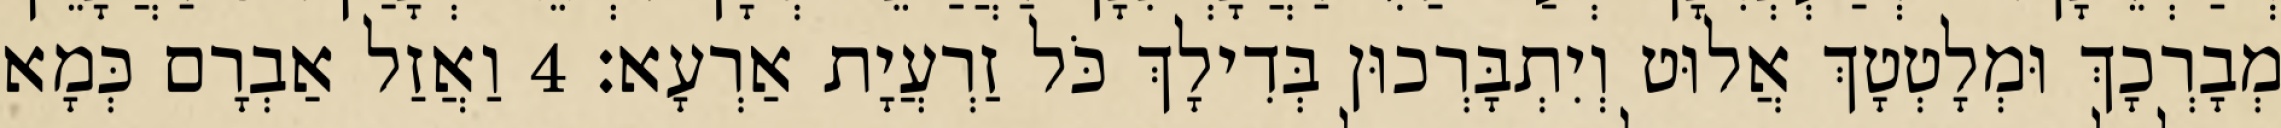
מְבָרְכָךְ וּמְלָטְטָךְ אֲלוּט וְיִתְבָּרְכוּן בְּדִילָךְ כֹּל זַרְעֲיָת אַרְעָא׃ 4 וַאֲזַל אַבְרָם כְּמָא